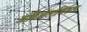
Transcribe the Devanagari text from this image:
आर्किऑलॉजिकल